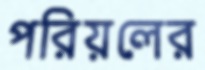
পরিয়লের